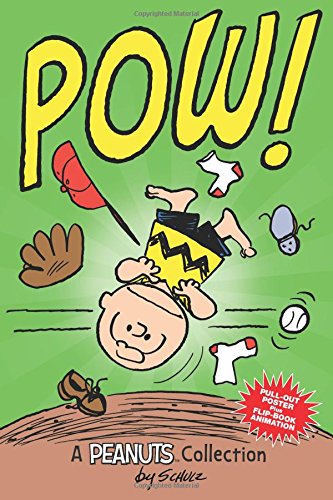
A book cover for Charlie Brown: POW!: A Peanuts Collection; Charles M. Schulz; Children's Books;